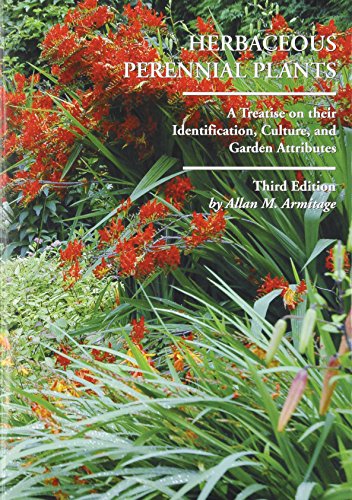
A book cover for Herbaceous Perennial Plants: A Treatise on Their Identification, Culture and Garden Attributes; Allan M. Armitage; Crafts, Hobbies & Home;